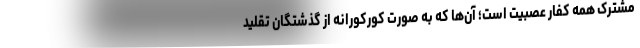
مشترک همه کفار عصبیت است؛ آن‌ها که به صورت کورکورانه از گذشتگان تقلید